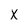
Character: X